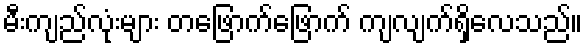
မီးကျည်လုံးများ တဖြောက်ဖြောက် ကျလျက်ရှိလေသည်။